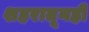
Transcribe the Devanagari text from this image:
शहरातूनही